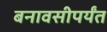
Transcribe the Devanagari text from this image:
बनावसीपर्यंत